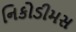
નિકોડીમસ